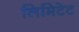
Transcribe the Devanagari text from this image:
लिमिटेट